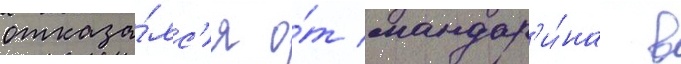
отказа́лс'я о́т мандар'и́на в